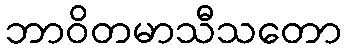
ဘာဝိတမာသီသတော